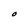
Character: O